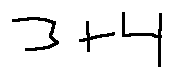
3 + 4